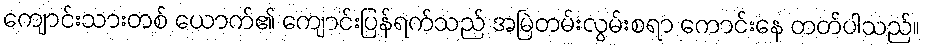
ကျောင်းသားတစ် ယောက်၏ ကျောင်းပြန်ရက်သည် အမြဲတမ်းလွမ်းစရာ ကောင်းနေ တတ်ပါသည်။